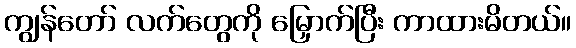
ကျွန်တော် လက်တွေကို မြှောက်ပြီး ကာထားမိတယ်။